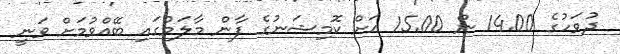
ދުވަހުގެ 14.00 ން 15.00 އަށް ކޮމިޝަނުގެ ފާން މާލަމުގައި ބޭއްވުމަށް ވަނީ